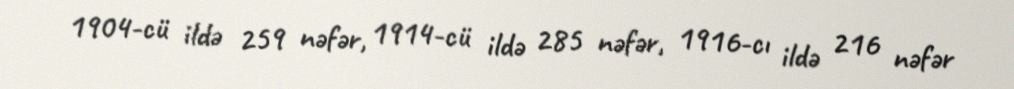
1904-cü ildə 259 nəfər, 1914-cü ildə 285 nəfər, 1916-cı ildə 216 nəfər